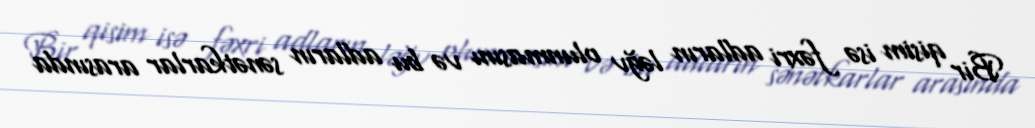
Bir qisim isə fəxri adların ləğv olunmasını və bu adların sənətkarlar arasında